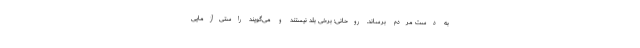
به دست مردم برساند. روحانی: برخی بلد نیستند و می‌گویند راستی‌آزمایی